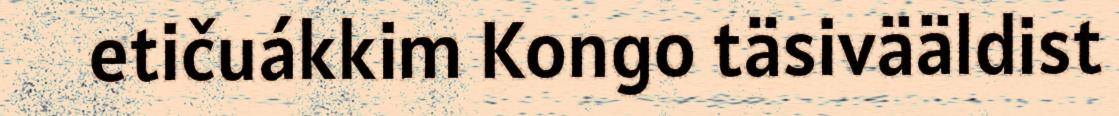
etičuákkim Kongo täsivääldist